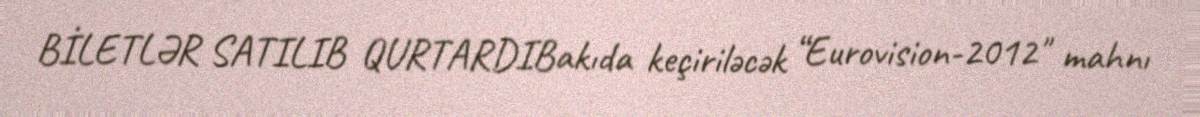
BİLETLƏR SATILIB QURTARDIBakıda keçiriləcək “Eurovision-2012" mahnı